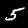
Digit: 5